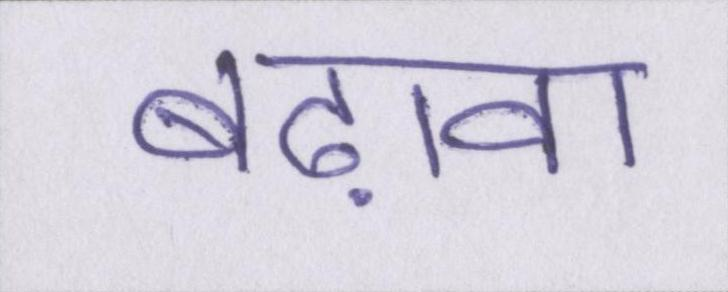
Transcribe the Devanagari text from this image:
बढ़ावा